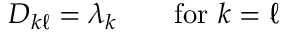
D _ { k \ell } = \lambda _ { k } \qquad { \mathrm { f o r ~ } } k = \ell